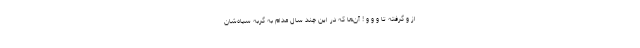
از و گرفته تا و و و ! آن‌ها که در این چند سال مدام به گربه سیاه‌شان